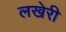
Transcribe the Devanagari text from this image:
लखेरी